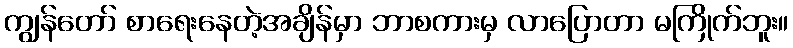
ကျွန်တော် စာရေးနေတဲ့အချိန်မှာ ဘာစကားမှ လာပြောတာ မကြိုက်ဘူး။